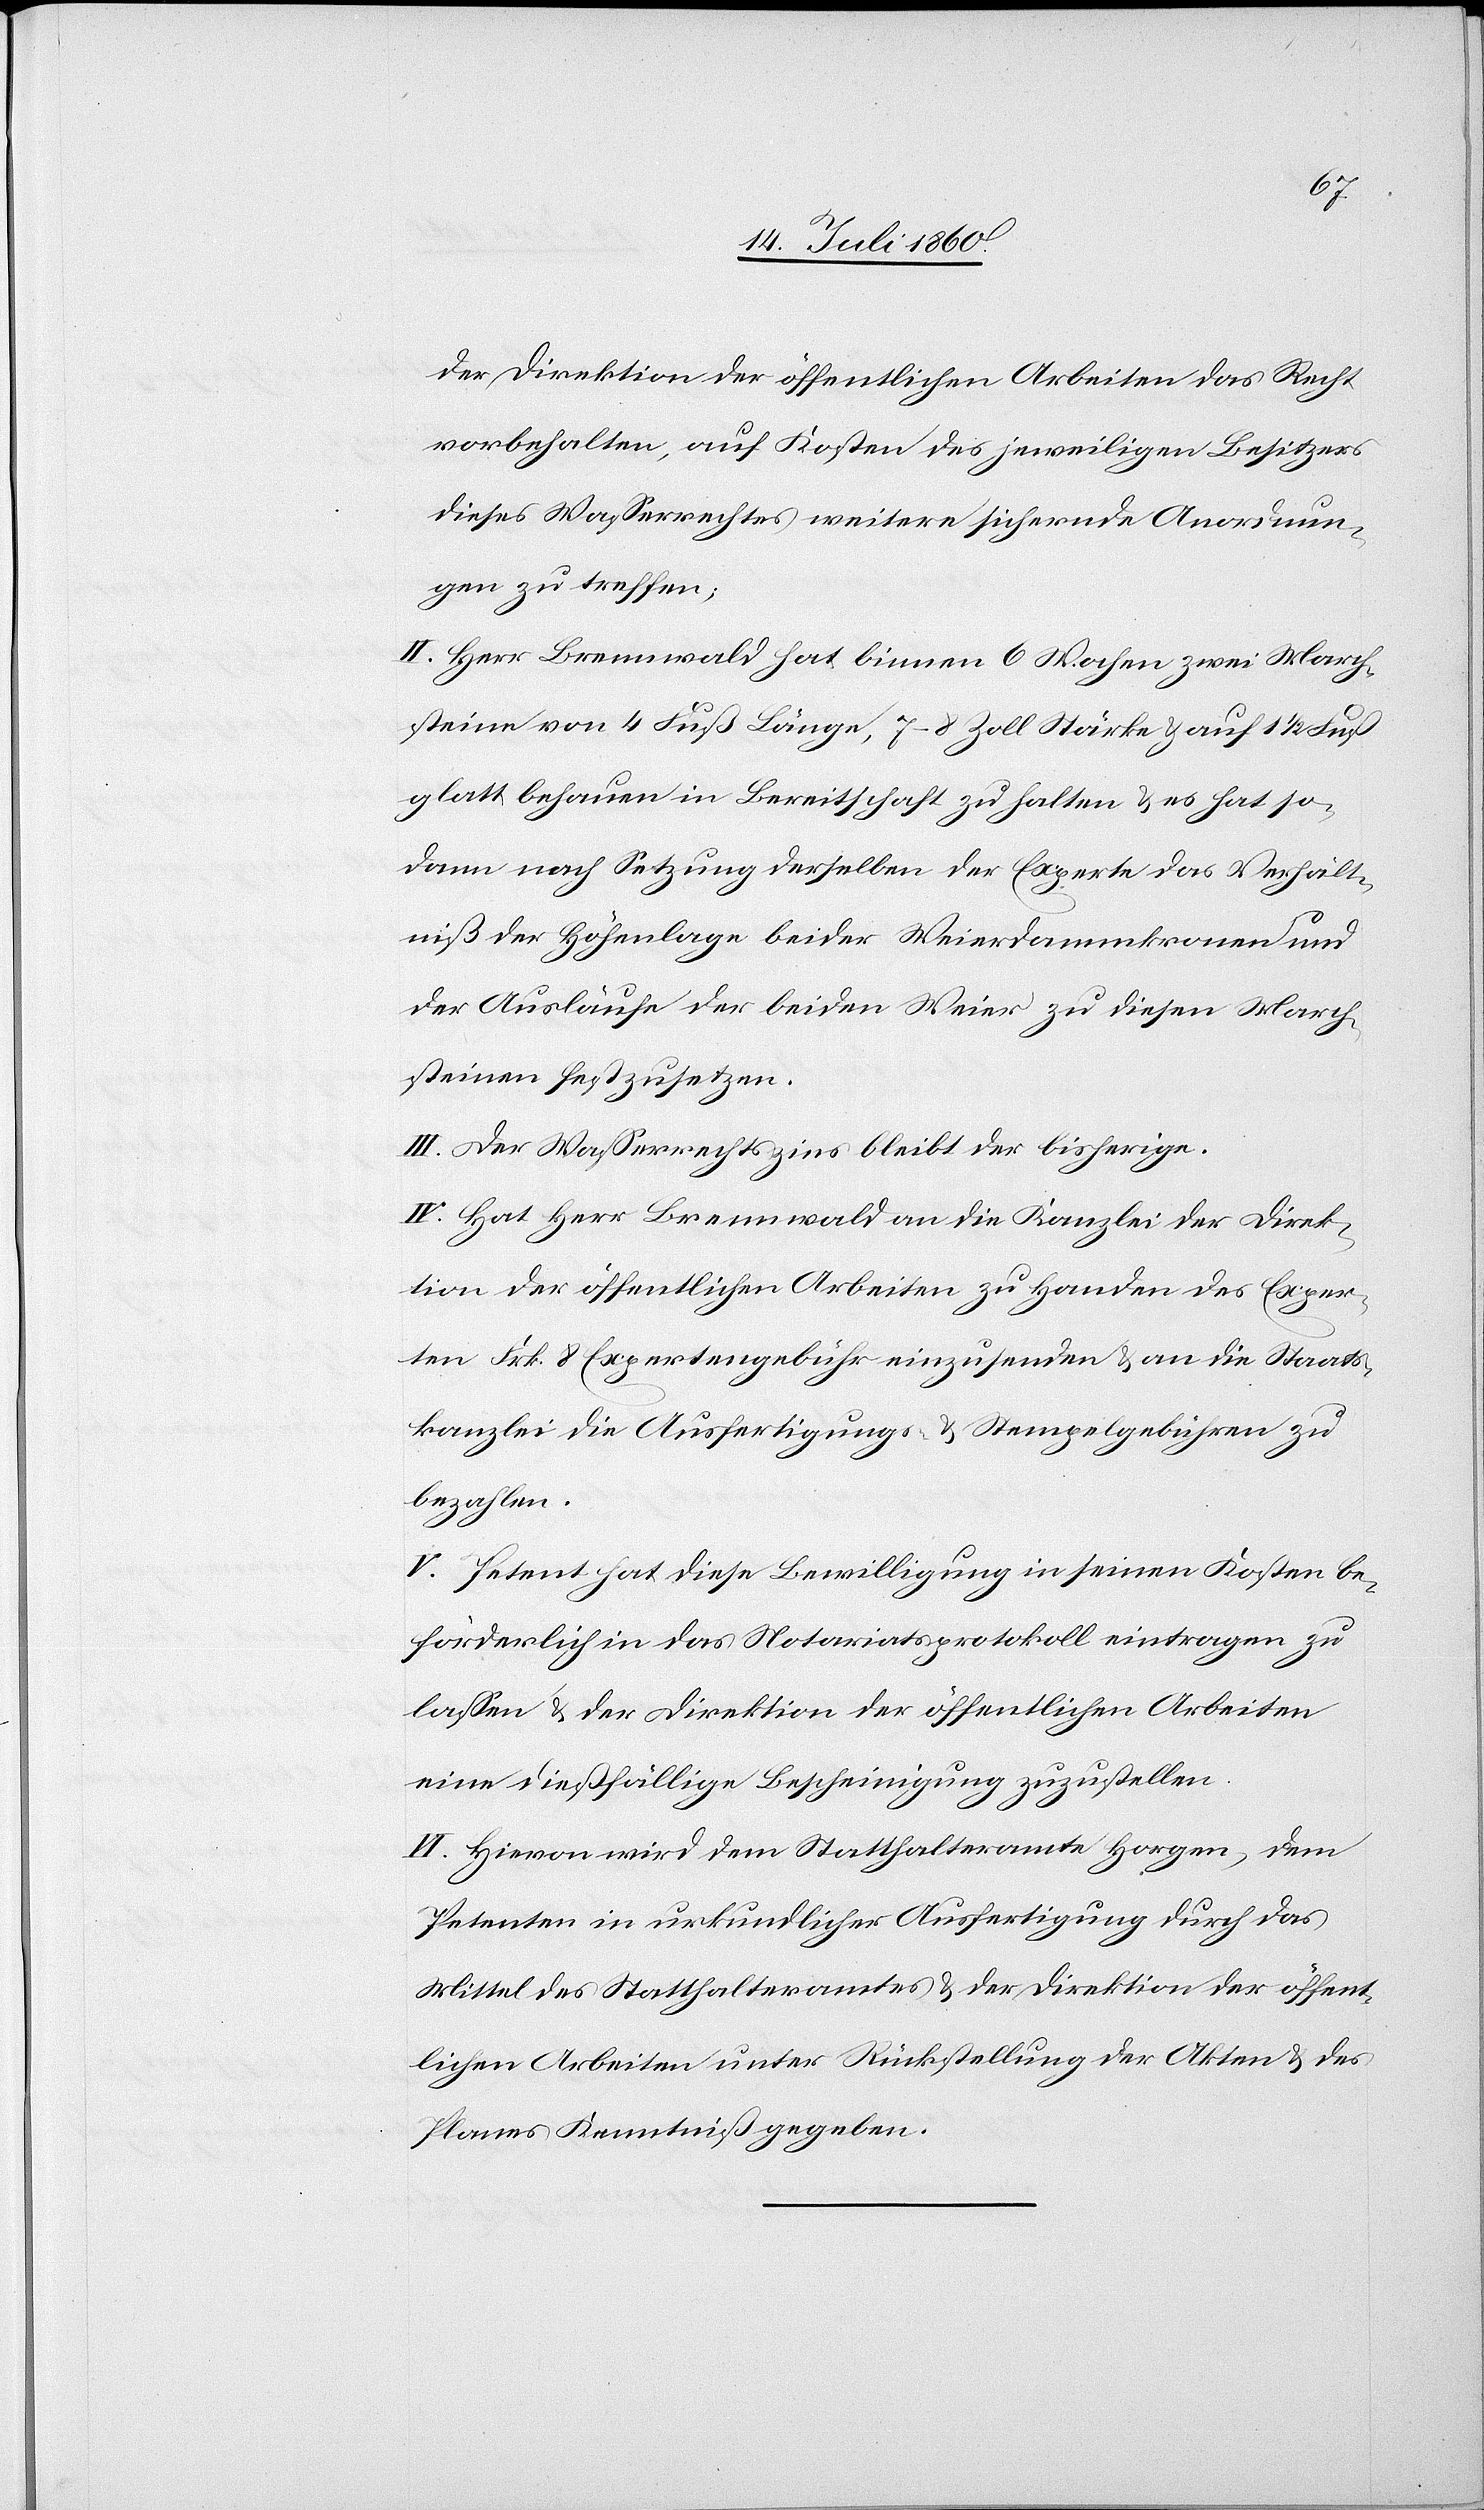
der Direktion der öffentlichen Arbeiten das Recht
vorbehalten, auf Kosten des jeweiligen Besitzers
dieses Wasserrechtes weitere sichernde Anordnun¬
gen zu treffen.
II. Herr Brennwald hat binnen 6 Wochen zwei March¬
steine von 4 Fuß Länge, 7–8 Zoll Stärke & auf 1 1/2 Fuß
glatt behauen in Bereitschaft zu halten & es hat so¬
dann nach Setzung derselben der Experte das Verhält¬
niß der Höhenlage beider Weierdammkronen und
der Ausläufe der beiden Weier zu diesen March¬
steinen festzusetzen.
III. Der Wasserrechtszins bleibt der bisherige.
IV. Hat Herr Brennwald an die Kanzlei der Direk¬
tion der öffentlichen Arbeiten zu Handen des Exper¬
ten Frk. 8 Expertengebühr einzusenden & an die Staats¬
kanzlei die Ausfertigungs- & Stempelgebühren zu
bezahlen.
V. Petent hat diese Bewilligung in seinen Kosten be¬
förderlich in das Notariatsprotokoll eintragen zu
lassen & der Direktion der öffentlichen Arbeiten
eine dießfällige Bescheinigung zuzustellen.
VI. Hievon wird dem Statthalteramte Horgen, dem
Petenten in urkundlicher Ausfertigung durch das
Mittel des Statthalteramtes & der Direktion der öffent¬
lichen Arbeiten unter Rückstellung der Akten & des
Planes Kenntniß gegeben.